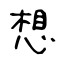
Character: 想